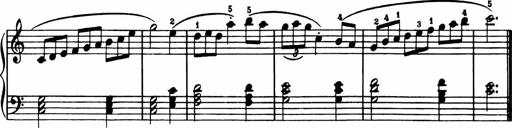
Title: Analytical Sonatinas
Composer: Frank Lynes